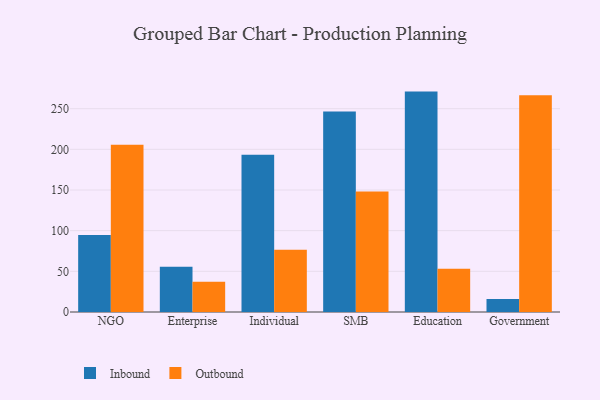
{"axis": {"x": "Segment", "y": "Customer Acquisition Cost (USD)"}, "legend": ["Inbound", "Outbound"], "data": [{"x": "NGO", "y": 94.8, "type": "Inbound"}, {"x": "NGO", "y": 205.7, "type": "Outbound"}, {"x": "Enterprise", "y": 55.5, "type": "Inbound"}, {"x": "Enterprise", "y": 37.1, "type": "Outbound"}, {"x": "Individual", "y": 193.2, "type": "Inbound"}, {"x": "Individual", "y": 76.6, "type": "Outbound"}, {"x": "SMB", "y": 246.6, "type": "Inbound"}, {"x": "SMB", "y": 148.2, "type": "Outbound"}, {"x": "Education", "y": 271.0, "type": "Inbound"}, {"x": "Education", "y": 53.3, "type": "Outbound"}, {"x": "Government", "y": 15.9, "type": "Inbound"}, {"x": "Government", "y": 266.5, "type": "Outbound"}]}